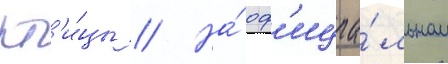
пт'и́цы // На́ оф'ициа́льном